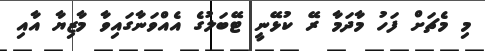
މި މެޗަށް ފަހު މާދަމާ ރޭ ކުޅޭނީ ޓޭބަލުގެެ އެއްވަނާގައިވާ މާޒިޔާ އާއި